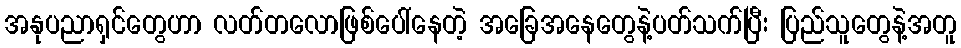
အနုပညာရှင်တွေဟာ လတ်တလောဖြစ်ပေါ်နေတဲ့ အခြေအနေတွေနဲ့ပတ်သက်ပြီး ပြည်သူတွေနဲ့အတူ